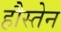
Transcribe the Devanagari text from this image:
हौस्तेन